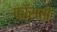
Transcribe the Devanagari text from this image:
फाँसती